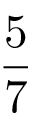
\frac { 5 } { 7 }